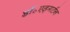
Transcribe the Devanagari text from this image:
डॉ॰एड्गर्टन